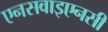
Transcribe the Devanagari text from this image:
एनसवाइएनसी